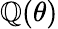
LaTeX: \mathbb{Q}(\theta)